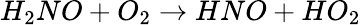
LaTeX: H_{2}NO+O_{2}\rightarrow HNO+HO_{2}